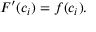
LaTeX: F ^ { \prime } ( c _ { i } ) = f ( c _ { i } ) .